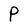
Character: P